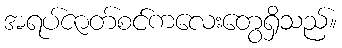
အရပ်ဇာတ်စင်ကလေးတွေရှိသည်။